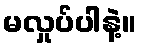
မလှုပ်ပါနဲ့။